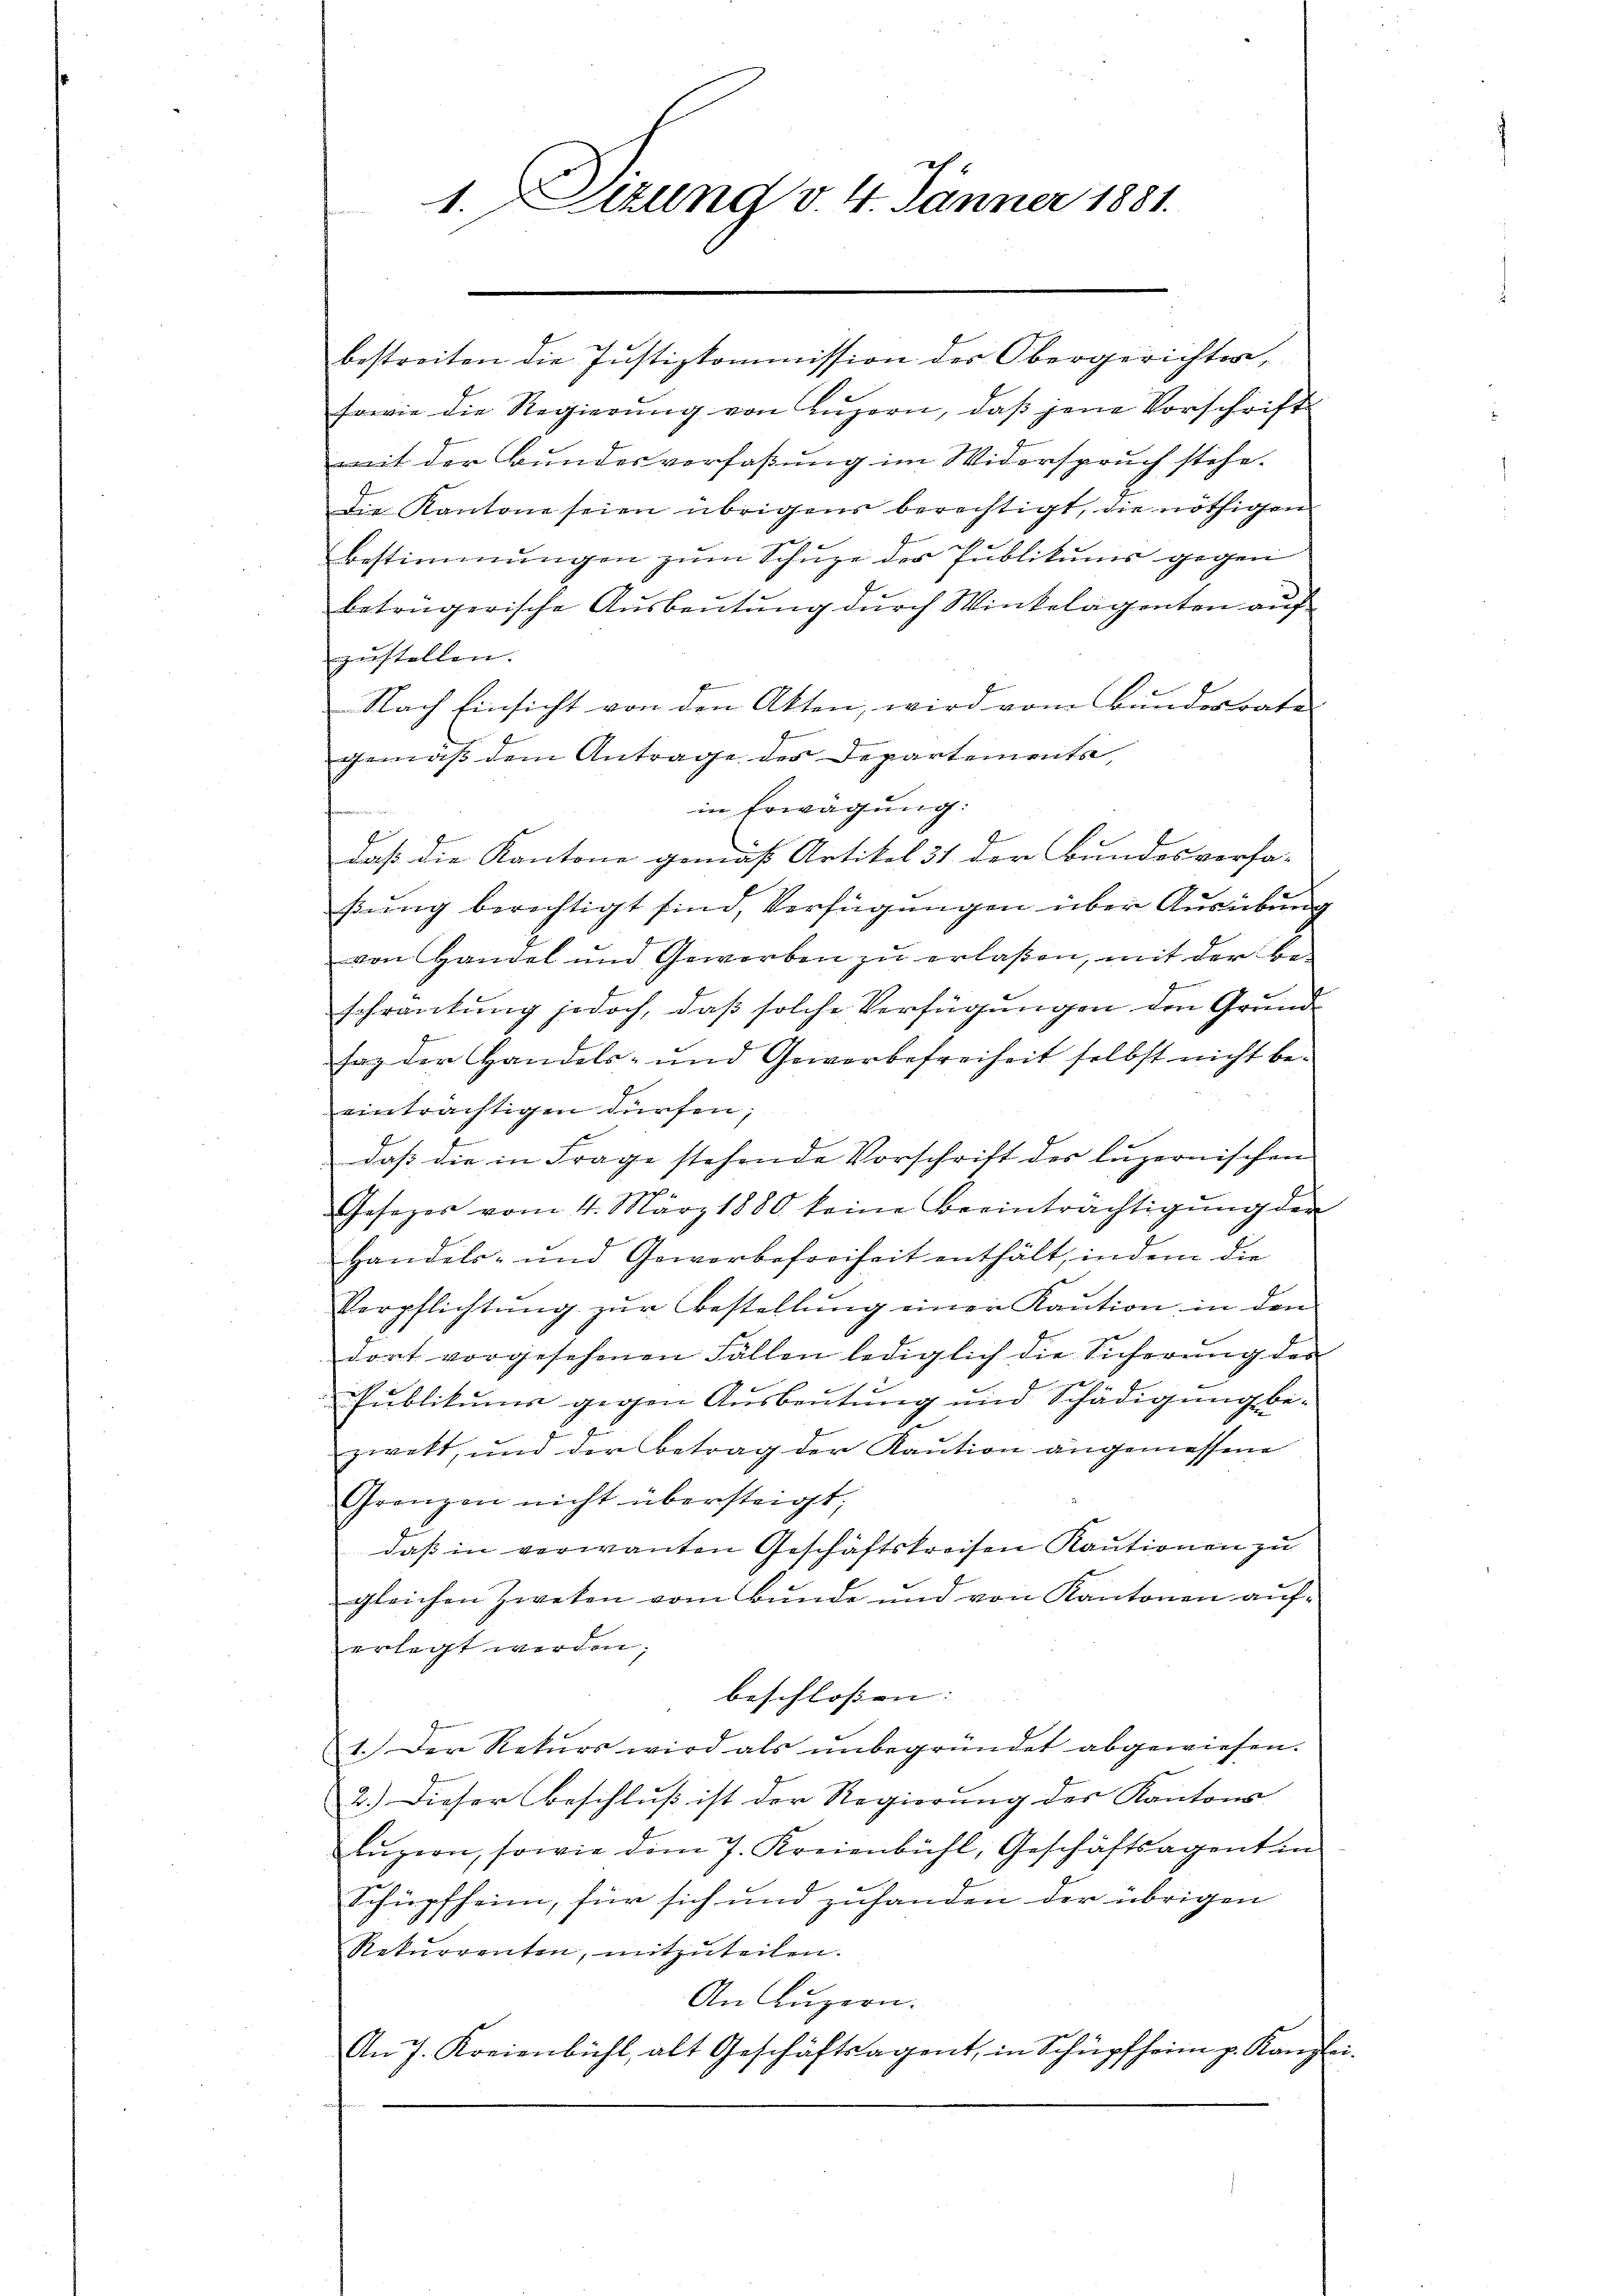
1.Sitzung v. 4. Jänner 1881.

bestreiten die Justizkommission des Obergerichter,
sowie die Regierŭng von Lŭzern, daβ jene Vorschrift
mit der Bundesverfaßung im Widerspruch stehe.
Die Kantone seien übrigens berechtigt, die nöthigen
Bestimmungen zum Schupe der Publikums gegen
beträgerische Ausbeutung durch Winkelagenten auf
gunstellen. |
Nach Einsicht von den Akten, wird vom Bundesrates
gemäß dem Antrage der Departements,
in Erwägung:
daß die Kantone gemäß Artikel 31 der Bundes vorha-
ßung berechtigt sind, Verfügungen über Ausübung
von Handel und Gewerben zŭ erlaßen, mit der Be-
schrankung jedoch, daß solche Verfügungen den Grundsaz der Handels- und Gewerbefreiheit selbst nicht be-
einträchtigen dürfen;
.
daß die in Frage stehende Vorschrift des luzernischen
Gesezes vom 4. März 1880 keine Beeinträchtigŭng der
Handels- und Gewerbefreiheit enthält, indem die
Verpflichtŭng zŭr Bestellŭng einer Kaŭtion in den
dort vorgesehenen Fällen lediglich die Sicherung des
Publikums gegen Ausbeutung und Schädigung bezwekt, und der Betrag der Kaŭtion angemessene
Grenzen nicht übersteigt,
daß in verwanten Geschäftskreisen Kautionen zu
gleichen Zweken vom Bunde und von Kantonen aŭf-
erlegt werden.
beschlossen:
1. Der Rekurs wird als ŭnbegründet abgewiesen.
2.) Dieser Beschluß ist der Regierung des Kantons
lŭzern, sowie dem 7. Kreienbühl, Geschäftsagentin
Schüpfheim, für sich und zuhanden der übrigen
Rekurrenten, mitzŭteilen.
An Luzern.
An 7. Kreienbühl, alt Geschäftsagent, in Schüpfheim p. Kanzle